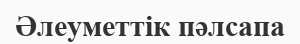
Әлеуметтік пәлсапа